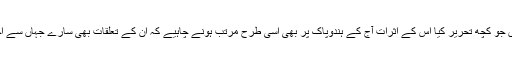
انھوں نے سارے جہاں سے اچھا کا جو خواب دیکھا اور اپنے کلام میں جو کچھ تحریر کیا اس کے اثرات آج کے ہندوپاک پر بھی اسی طرح مرتب ہونے چاہیے کہ ان کے تعلقات بھی سارے جہاں سے اچھے ہوں کیونکہ یہ نظم متحدہ ہندوستان کے لیے تخلیق کی گئی تھی۔